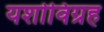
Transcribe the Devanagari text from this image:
यशोविग्रह